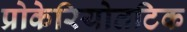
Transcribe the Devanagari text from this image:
प्रोकेरियोतटिक